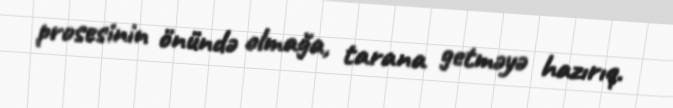
prosesinin önündə olmağa, tarana getməyə hazırıq.